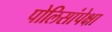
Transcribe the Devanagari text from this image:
पोलिसांपेक्षा